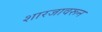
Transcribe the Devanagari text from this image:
शारजावरून